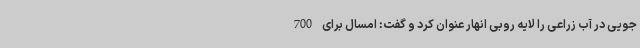
جویی در آب زراعی را لایه روبی انهار عنوان کرد و گفت: امسال برای 700